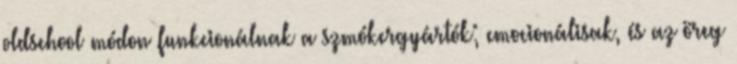
oldschool módon funkcionálnak a szmókergyártók; emocionálisak, és az öreg